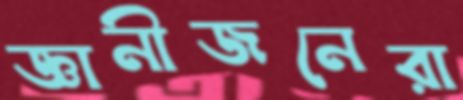
জ্ঞানীজনেরা